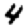
Digit: 4